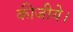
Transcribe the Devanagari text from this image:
कीजीये।